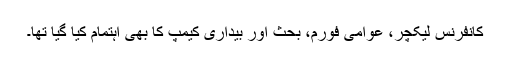
کانفرنس لیکچر، عوامی فورم، بحث اور بیداری کیمپ کا بھی اہتمام کیا گیا تھا۔